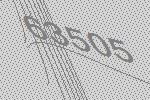
63505